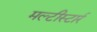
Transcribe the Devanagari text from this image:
मल्टीस्टार्र